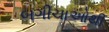
બગીચાઓથી